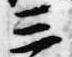
三